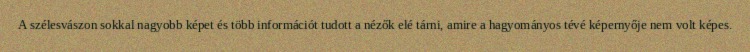
A szélesvászon sokkal nagyobb képet és több információt tudott a nézők elé tárni, amire a hagyományos tévé képernyője nem volt képes.